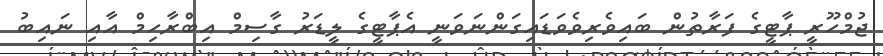
ޖުމްހޫރީ ޕާޓީގެ ފަރާތުން ބައިވެރިވެވަޑައިގަންނަވަނީ އެޕާޓީގެ ލީޑަރު ގާސިމް އިބްރާހިމް އާއި ނައިބު